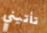
تأتيني